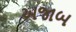
અજાબ